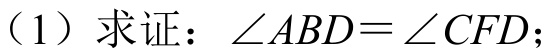
（1）求证：$\angle ABD=\angle CFD$；